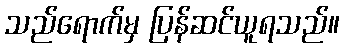
သည်ရောက်မှ ပြန်ဆင်ယူရသည်။